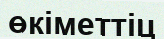
өкіметтіц